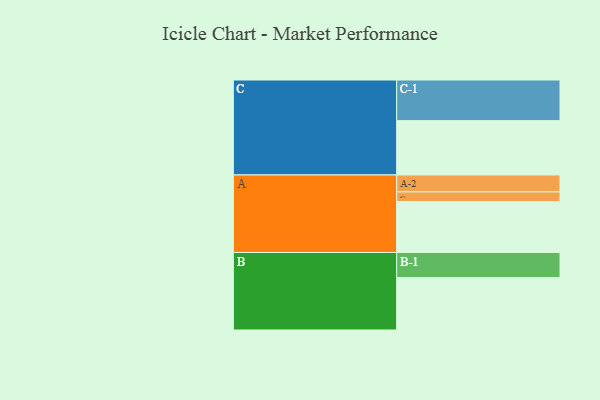
{"axis": {"x": "Segment", "y": "Value"}, "legend": ["", "A", "B", "C"], "data": [{"x": "A", "y": 327, "type": ""}, {"x": "B", "y": 337, "type": ""}, {"x": "C", "y": 349, "type": ""}, {"x": "A-1", "y": 62, "type": "A"}, {"x": "A-2", "y": 109, "type": "A"}, {"x": "B-1", "y": 161, "type": "B"}, {"x": "C-1", "y": 261, "type": "C"}]}